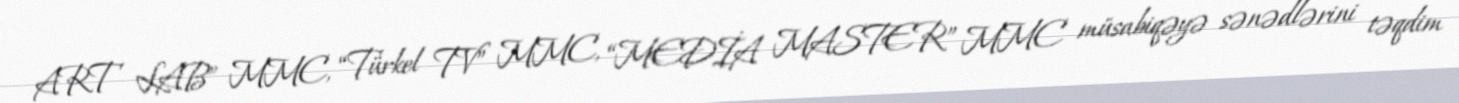
ART LAB” MMC, “Türkel TV” MMC, “MEDİA MASTER” MMC müsabiqəyə sənədlərini təqdim